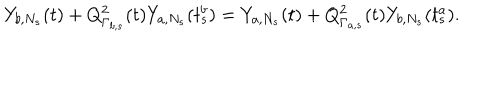
Y _ { b , N _ { s } } ( t ) + Q _ { \Gamma _ { b , s } } ^ { 2 } ( t ) Y _ { a , N _ { s } } ( t _ { s } ^ { b } ) = Y _ { a , N _ { s } } ( t ) + Q _ { \Gamma _ { a , s } } ^ { 2 } ( t ) Y _ { b , N _ { s } } ( t _ { s } ^ { a } ) .